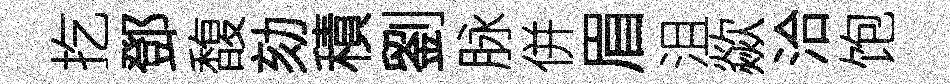
扢鄧馥劾積劉脉併眉沮歘洽饱